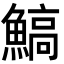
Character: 鰝